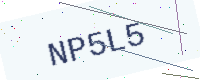
Text: NP5L5